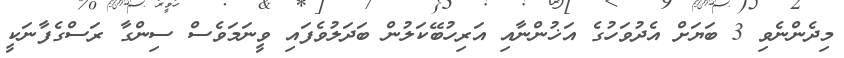
މިދެންނެވި 3 ބަޔަށް އެދުވަހުގެ އަޚުންނާއި އަރިހުބޭކަލުން ބަދަލުވެފައި ވީނަމަވެސް ސިންގާ ރަސްގެފާނަކީ